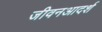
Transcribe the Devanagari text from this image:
जीवनआदर्श